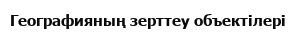
Географияның зерттеу объектілері